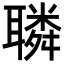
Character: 𦗲